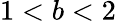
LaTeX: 1<b<2